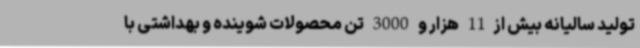
تولید سالیانه بیش از11 هزار و 3000 تن محصولات شوینده و بهداشتی با